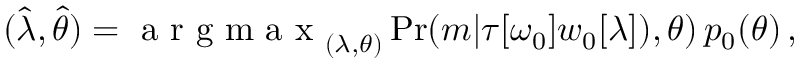
\begin{array} { r } { ( \hat { \lambda } , \hat { \theta } ) = \mathrm { ~ a ~ r ~ g ~ m ~ a ~ x ~ } _ { ( \lambda , \theta ) } \operatorname* { P r } ( m | \tau [ \omega _ { 0 } ] w _ { 0 } [ \lambda ] ) , \theta ) \, p _ { 0 } ( \theta ) \, , } \end{array}